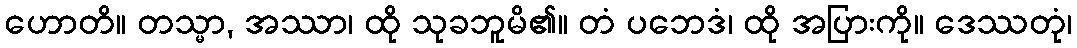
ဟောတိ။ တသ္မာ, အဿာ၊ ထို သုခဘူမိ၏။ တံ ပဘေဒံ၊ ထို အပြားကို။ ဒေဿတုံ၊